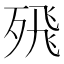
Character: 𭮖